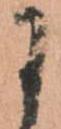
に